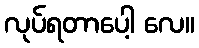
လုပ်ရတာပေါ့ လေ။